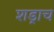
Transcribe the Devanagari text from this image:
शड्राच